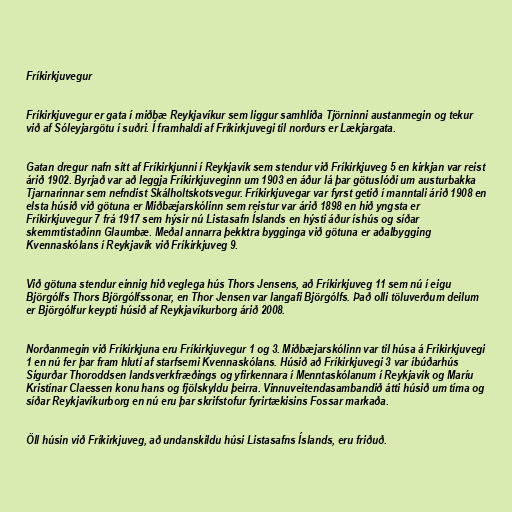
Fríkirkjuvegur

Fríkirkjuvegur er gata í miðbæ Reykjavíkur sem liggur samhliða Tjörninni austanmegin og tekur
við af Sóleyjargötu í suðri. Í framhaldi af Fríkirkjuvegi til norðurs er Lækjargata.

Gatan dregur nafn sitt af Fríkirkjunni í Reykjavík sem stendur við Fríkirkjuveg 5 en kirkjan var reist
árið 1902. Byrjað var að leggja Fríkirkjuveginn um 1903 en áður lá þar götuslóði um austurbakka
Tjarnarinnar sem nefndist Skálholtskotsvegur. Fríkirkjuvegar var fyrst getið í manntali árið 1908 en
elsta húsið við götuna er Miðbæjarskólinn sem reistur var árið 1898 en hið yngsta er
Fríkirkjuvegur 7 frá 1917 sem hýsir nú Listasafn Íslands en hýsti áður íshús og síðar
skemmtistaðinn Glaumbæ. Meðal annarra þekktra bygginga við götuna er aðalbygging
Kvennaskólans í Reykjavík við Fríkirkjuveg 9.

Við götuna stendur einnig hið veglega hús Thors Jensens, að Fríkirkjuveg 11 sem nú í eigu
Björgólfs Thors Björgólfssonar, en Thor Jensen var langafi Björgólfs. Það olli töluverðum deilum
er Björgólfur keypti húsið af Reykjavíkurborg árið 2008.

Norðanmegin við Fríkirkjuna eru Fríkirkjuvegur 1 og 3. Miðbæjarskólinn var til húsa á Frikirkjuvegi
1 en nú fer þar fram hluti af starfsemi Kvennaskólans. Húsið að Fríkirkjuvegi 3 var íbúðarhús
Sigurðar Thoroddsen landsverkfræðings og yfirkennara í Menntaskólanum í Reykjavík og Maríu
Kristínar Claessen konu hans og fjölskyldu þeirra. Vinnuveitendasambandið átti húsið um tíma og
síðar Reykjavíkurborg en nú eru þar skrifstofur fyrirtækisins Fossar markaða.

Öll húsin við Fríkirkjuveg, að undanskildu húsi Listasafns Íslands, eru friðuð.